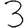
Digit: 3